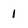
Character: 1